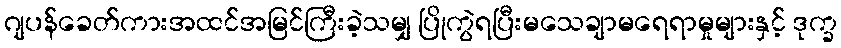
ဂျပန်ခေတ်ကားအထင်အမြင်ကြီးခဲ့သမျှ ပြိုကွဲရပြီးမသေချာမရေရာမှုများနှင့် ဒုက္ခ